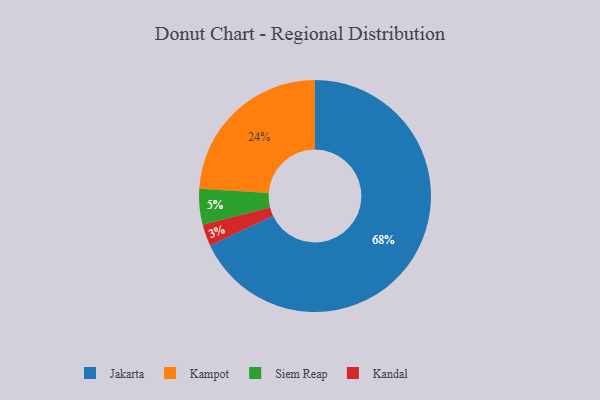
{"axis": {"x": "Category", "y": "Percentage"}, "legend": ["Jakarta", "Kampot", "Kandal", "Siem Reap"], "data": [{"x": "Kampot", "y": 24, "type": "Kampot"}, {"x": "Kandal", "y": 3, "type": "Kandal"}, {"x": "Siem Reap", "y": 5, "type": "Siem Reap"}, {"x": "Jakarta", "y": 68, "type": "Jakarta"}]}